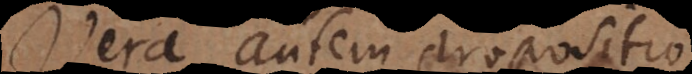
Vera autem propositio